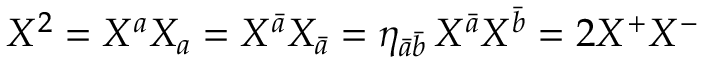
X ^ { 2 } = X ^ { a } X _ { a } = X ^ { \bar { a } } X _ { \bar { a } } = \eta _ { \bar { a } \bar { b } } \, X ^ { \bar { a } } X ^ { \bar { b } } = 2 X ^ { + } X ^ { - }